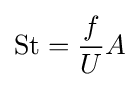
{\text{St}}={\frac {f}{U}}A